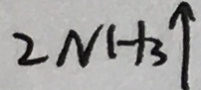
2 N H _ { 3 } \uparrow